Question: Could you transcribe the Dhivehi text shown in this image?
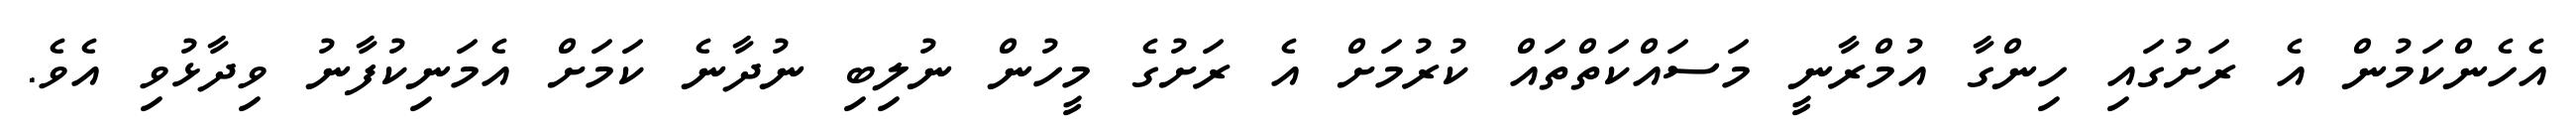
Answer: އެހެންކަމުން އެ ރަށުގައި ހިންގާ އުމްރާނީ މަސައްކަތްތައް ކުރުމަށް އެ ރަށުގެ މީހުން ނުލިބި ނުދާނެ ކަމަށް އެމަނިކުފާނު ވިދާޅުވި އެވެ.